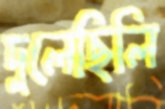
দুলেছিলি